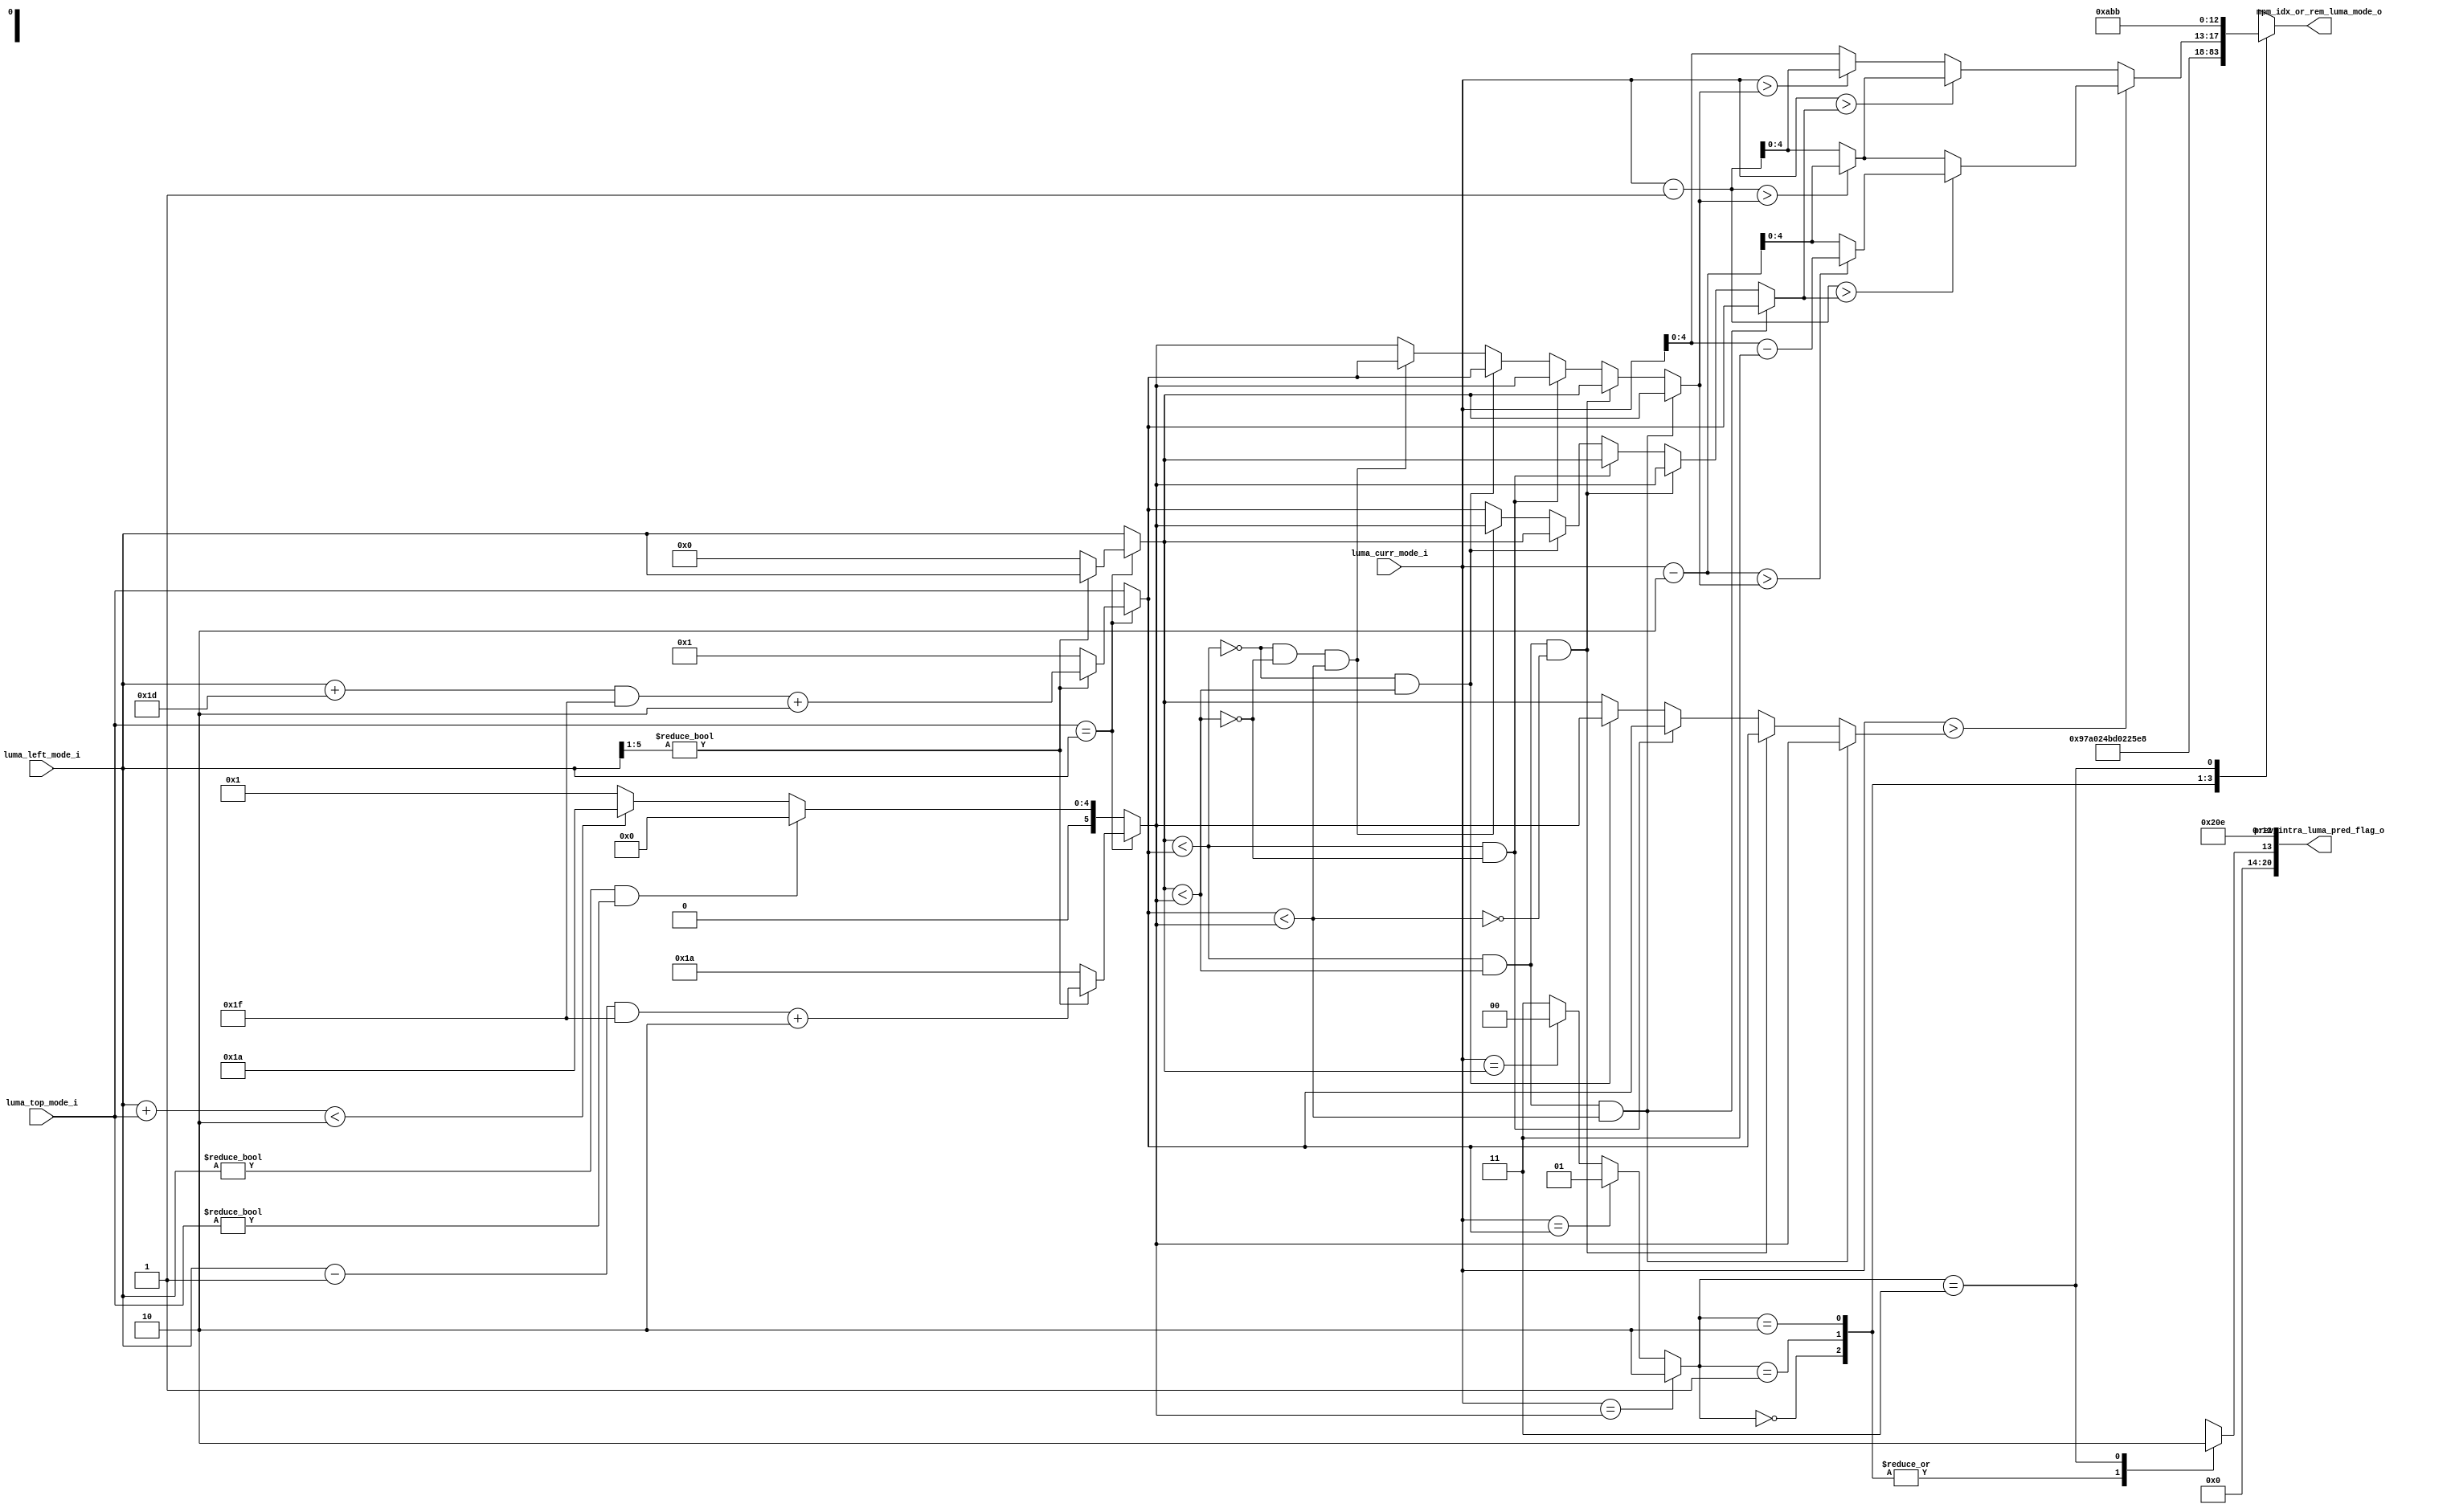
module cabac_se_prepare_intra_luma(
           // input
           luma_curr_mode_i        ,
           luma_left_mode_i        ,
           luma_top_mode_i         ,
           //output
           prev_intra_luma_pred_flag_o  ,
           mpm_idx_or_rem_luma_mode_o
       );
//-----------------------------------------------------------------------------------------------------------------------------
//
//                                input signals and output signals
//
//-----------------------------------------------------------------------------------------------------------------------------
input   [5:0]    luma_curr_mode_i                   ;
input   [5:0]    luma_left_mode_i                   ;
input   [5:0]    luma_top_mode_i                    ;

output  [20:0]   prev_intra_luma_pred_flag_o        ;
output  [20:0]   mpm_idx_or_rem_luma_mode_o         ;

reg              prev_intra_luma_pred_flag_r        ;
reg     [20:0]   mpm_idx_or_rem_luma_mode_o;

//-----------------------------------------------------------------------------------------------------------------------------
//
//                              reg and wire signals declaration
//
//-----------------------------------------------------------------------------------------------------------------------------


reg      [5:0]    PMP0_r  ,  PMP1_r  , PMP2_r                   ;
reg      [1:0]    mpm_idx_r ;

wire              preds_0_le_1_w    ,preds_0_le_2_w     ,preds_1_le_2_w  ;

reg      [5:0]    preds_0_sort_r    ,preds_1_sort_r     ,preds_2_sort_r  ;

wire     [5:0]    luma_curr_mode_minus1_w ;
wire     [5:0]    luma_curr_mode_minus2_w ;
wire     [5:0]    luma_curr_mode_minus3_w ;
reg      [5:0]    luma_mode_dir_r         ;
// calculation prediction candidates : PMP0_r ,PMP1_r ,PMP2_r
always @*
begin
    if(luma_top_mode_i == luma_left_mode_i)
    begin
        if(luma_left_mode_i[5:1])
        begin //  >6'd2
            PMP0_r  =   luma_left_mode_i                          ;
            PMP1_r  =   ((luma_left_mode_i + 6'd29)&6'd31) + 6'd2 ;
            PMP2_r  =   ((luma_left_mode_i - 6'd1 )&6'd31) + 6'd2 ;
        end
        else
        begin
            PMP0_r  =   6'd0               ;
            PMP1_r  =   6'd1               ;
            PMP2_r  =   6'd26              ;
        end
    end
    else
    begin
        if((luma_left_mode_i!=0) && (luma_top_mode_i!=0))
        begin
            PMP0_r  =   luma_left_mode_i  ;
            PMP1_r  =   luma_top_mode_i   ;
            PMP2_r  =   6'd0                ;
        end
        else
        begin
            PMP0_r  =   luma_left_mode_i  ;
            PMP1_r  =   luma_top_mode_i   ;
            PMP2_r  =   (luma_left_mode_i + luma_top_mode_i)<7'd2 ? 6'd26 :6'd1 ;
        end
    end
end
// most  probably candidates : mpm_idx_r
always @*
begin
    if(luma_curr_mode_i == PMP2_r)
        mpm_idx_r  =    2'd2   ;
    else if(luma_curr_mode_i == PMP1_r)
        mpm_idx_r  =    2'd1   ;
    else if(luma_curr_mode_i == PMP0_r)
        mpm_idx_r  =    2'd0   ;
    else
        mpm_idx_r  =    2'd3   ;
end
// prediction candidates resorting
assign   preds_0_le_1_w   =     PMP0_r  <  PMP1_r   ;
assign   preds_0_le_2_w   =     PMP0_r  <  PMP2_r   ;
assign   preds_1_le_2_w   =     PMP1_r  <  PMP2_r   ;

always @*
begin
    if(preds_0_le_1_w && preds_0_le_2_w && preds_1_le_2_w)
    begin
        preds_0_sort_r = PMP0_r;
        preds_1_sort_r = PMP1_r;
        preds_2_sort_r = PMP2_r;
    end
    else if(preds_0_le_1_w && preds_0_le_2_w && (!preds_1_le_2_w) )
    begin
        preds_0_sort_r = PMP0_r;
        preds_1_sort_r = PMP2_r;
        preds_2_sort_r = PMP1_r;
    end
    else if(preds_0_le_1_w && (!preds_0_le_2_w) )
    begin
        preds_0_sort_r = PMP2_r;
        preds_1_sort_r = PMP0_r;
        preds_2_sort_r = PMP1_r;
    end
    else if((!preds_0_le_1_w) && preds_0_le_2_w)
    begin
        preds_0_sort_r = PMP1_r;
        preds_1_sort_r = PMP0_r;
        preds_2_sort_r = PMP2_r;
    end
    else if( (!preds_0_le_1_w) && (!preds_0_le_2_w) && preds_1_le_2_w)
    begin
        preds_0_sort_r = PMP1_r;
        preds_1_sort_r = PMP2_r;
        preds_2_sort_r = PMP0_r;
    end
    else
    begin
        preds_0_sort_r = PMP2_r;
        preds_1_sort_r = PMP1_r;
        preds_2_sort_r = PMP0_r;
    end
end
// calculation  luma_mode_dir_r : final modified luma mode
assign luma_curr_mode_minus1_w  = luma_curr_mode_i - 6'd1  ;
assign luma_curr_mode_minus2_w  = luma_curr_mode_i - 6'd2  ;
assign luma_curr_mode_minus3_w  = luma_curr_mode_i - 6'd3  ;

always @*
begin
    if(luma_curr_mode_i>preds_2_sort_r)
    begin
        if(luma_curr_mode_minus1_w>preds_1_sort_r)
        begin
            if(luma_curr_mode_minus2_w>preds_0_sort_r)
            begin
                luma_mode_dir_r = luma_curr_mode_minus3_w  ;
            end
            else
            begin
                luma_mode_dir_r = luma_curr_mode_minus2_w  ;
            end
        end
        else
        begin
            if(luma_curr_mode_minus1_w>preds_0_sort_r)
            begin
                luma_mode_dir_r = luma_curr_mode_minus2_w  ;
            end
            else
            begin
                luma_mode_dir_r = luma_curr_mode_minus1_w   ;
            end
        end
    end
    else
    begin
        if(luma_curr_mode_i>preds_1_sort_r)
        begin
            if(luma_curr_mode_minus1_w>preds_0_sort_r)
            begin
                luma_mode_dir_r = luma_curr_mode_minus2_w  ;
            end
            else
            begin
                luma_mode_dir_r = luma_curr_mode_minus1_w  ;
            end
        end
        else
        begin
            if(luma_curr_mode_i>preds_0_sort_r)
            begin
                luma_mode_dir_r = luma_curr_mode_minus1_w  ;
            end
            else
            begin
                luma_mode_dir_r = luma_curr_mode_i         ;
            end
        end
    end
end

//-----------------------------------------------------------------------------------------------------------------------------
//
//                          output signals
//
//-----------------------------------------------------------------------------------------------------------------------------

always @*
begin
    case(mpm_idx_r)
        2'd0:
        begin
            prev_intra_luma_pred_flag_r = 1'b1;
            mpm_idx_or_rem_luma_mode_o = {3'h0,5'h0,4'h2,9'h0bd};
        end
        2'd1:
        begin
            prev_intra_luma_pred_flag_r = 1'b1;
            mpm_idx_or_rem_luma_mode_o = {3'h0,5'h1,4'h2,9'h0bd};
        end
        2'd2:
        begin
            prev_intra_luma_pred_flag_r = 1'b1;
            mpm_idx_or_rem_luma_mode_o = {3'h0,5'h2,4'h2,9'h0bd};
        end
        2'd3:
        begin
            prev_intra_luma_pred_flag_r = 1'b0;
            mpm_idx_or_rem_luma_mode_o = {3'h0,luma_mode_dir_r[4:0],4'h5,9'h0bb};
        end
        default:
        begin
            prev_intra_luma_pred_flag_r = 1'b0;
            mpm_idx_or_rem_luma_mode_o = 21'h0;
        end
    endcase
end

assign  prev_intra_luma_pred_flag_o = {7'h0,prev_intra_luma_pred_flag_r,4'h1,9'h00e};



endmodule